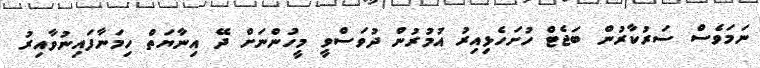
ނަމަވެސް ސަރުކާރުން ބަޖެޓް ހުށަހެޅިއިރު އުމުރުން ދުވަސްވީ މީހުންނަށް ދޭ އިނާޔަތް ހިމަނާފައިނުވާއިރު